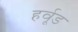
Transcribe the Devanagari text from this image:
हर्वूड